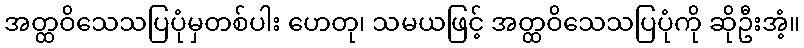
အတ္ထဝိသေသပြပုံမှတစ်ပါး ဟေတု၊ သမယဖြင့် အတ္ထဝိသေသပြပုံကို ဆိုဦးအံ့။